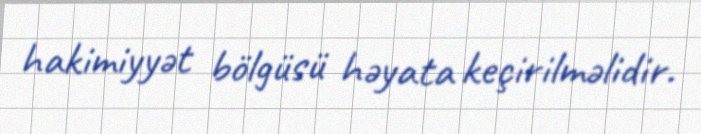
hakimiyyət bölgüsü həyata keçirilməlidir.